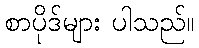
စာပိုဒ်များ ပါသည်။